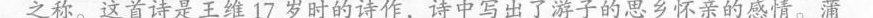
之称。这首诗是王维17岁时的诗作，诗中写出了游子的思乡怀亲的感情。蒲